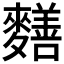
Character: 𪍶